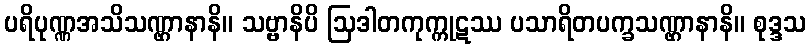
ပရိပုဏ္ဏအသိသဏ္ဌာနာနိ။ သဗ္ဗာနိပိ ဩဒါတကုက္ကုဋဿ ပသာရိတပက္ခသဏ္ဌာနာနိ။ စုဒ္ဒသ